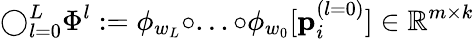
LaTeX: \bigcirc_{l=0}^{L}\Phi^{l}:=\phi_{w_{L}}\circ...\circ\phi_{w_{0}}[\mathbf{p}_{i}^{(l=0)}]\in\mathbb{R}^{m\times k}